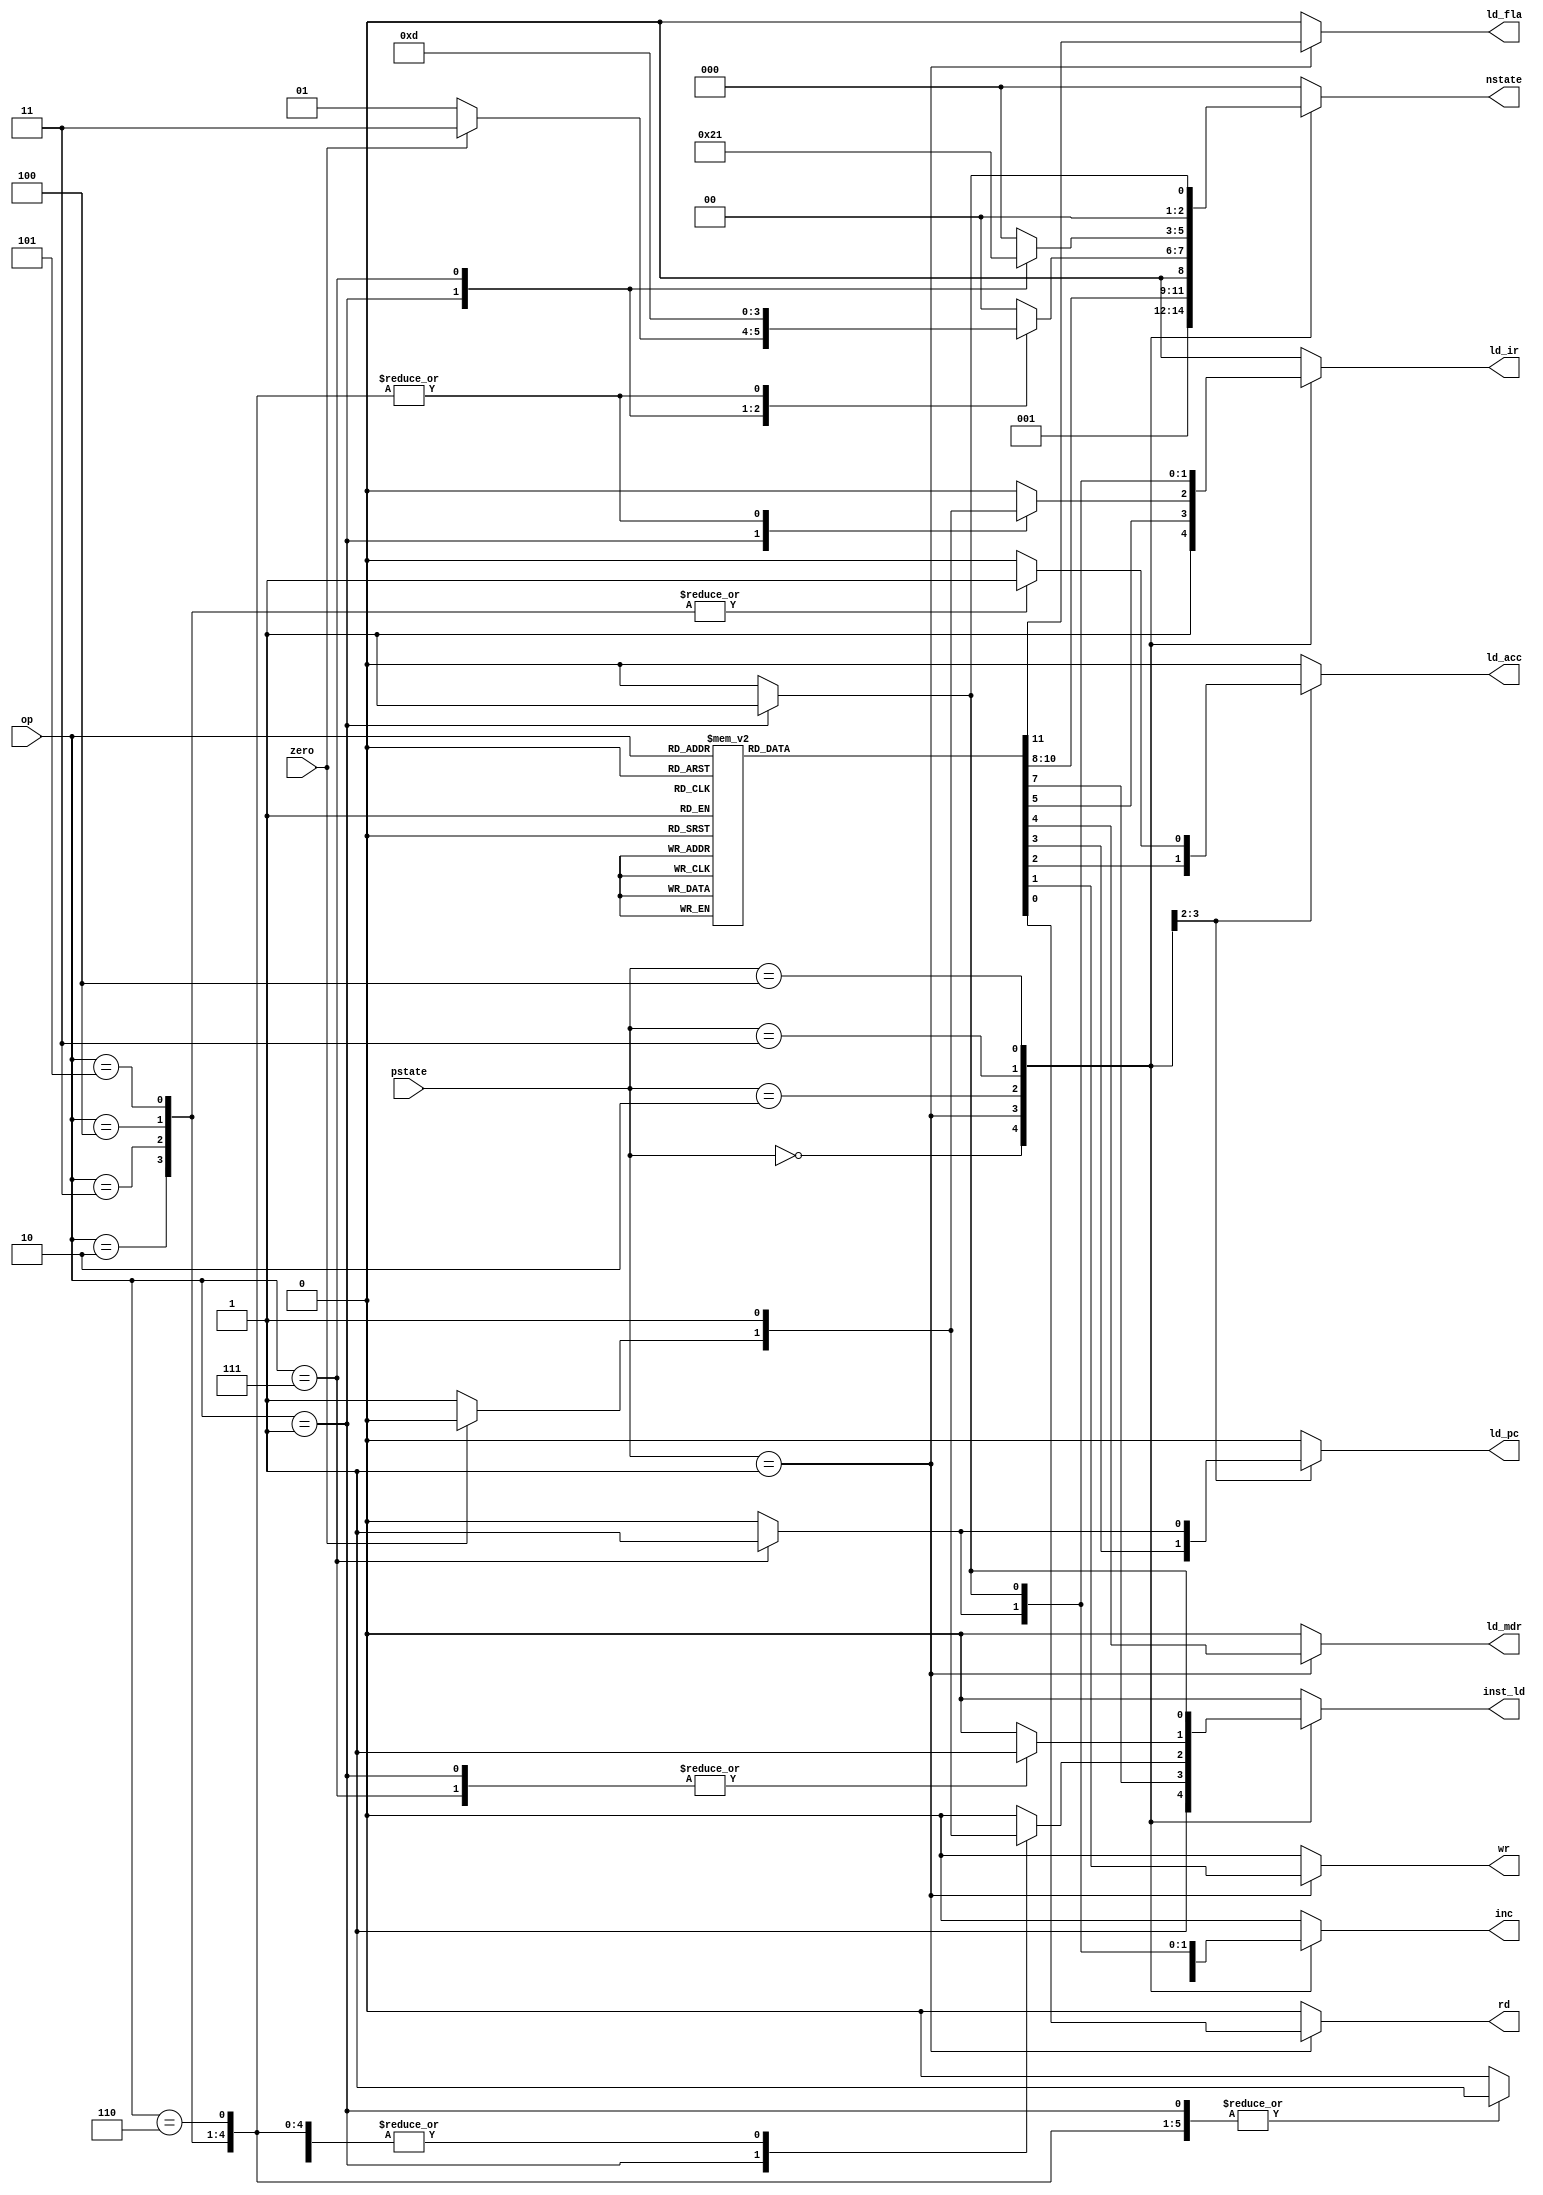
module control(zero,op,pstate,ld_mdr,ld_acc,ld_fla,inst_ld,ld_ir,ld_pc,inc,rd,wr,nstate);

	input zero;
	input [2:0] op,pstate;

	output ld_acc,ld_mdr,ld_ir,ld_fla,ld_pc,inc,inst_ld,rd,wr;
	output [2:0] nstate;

	reg ld_acc,ld_mdr,ld_ir,ld_fla,ld_pc,inc,inst_ld,rd,wr;
	reg [2:0] nstate;

always@* begin
//Initialize Control Signals
	rd      = 0; wr     = 0;   ld_acc  = 0; ld_pc  = 0;
	ld_mdr  = 0; ld_ir  = 0;   inc     = 0; 
	inst_ld = 0; nstate = 000; ld_fla  = 0;

  case(pstate)
		//reset
		3'b111 : begin
			rd      = 0; wr     = 0;   ld_acc  = 0; ld_pc  = 0;
			ld_mdr  = 0; ld_ir  = 0;   inc     = 0; 
			inst_ld = 0; nstate = 000; ld_fla  = 0;
		end
   
		// 0T: 1st instruction pre fetch, PC+1  					
		3'b000 : begin
			rd      = 0; wr     = 0;   ld_acc  = 0; ld_pc  = 0;
			ld_mdr  = 0; ld_ir  = 1;   inc     = 1; 
			inst_ld = 1; nstate = 001; ld_fla  = 0;
		end
   				
		// 1T: 1 inst execute time
		3'b001 : begin  
			case(op) 
				3'b000 : begin  //HALT					--next T1
					rd      = 0; wr     = 0;   ld_acc  = 0; ld_pc  = 0;
					ld_mdr  = 0; ld_ir  = 1;   inc     = 1; 
					inst_ld = 1; nstate = 001; ld_fla  = 0;
				end
				3'b001 : begin  	//SKIP-if-ZERO				--next T2
					rd      = 0; wr     = 0;   ld_acc  = 0; ld_pc  = 0;
					ld_mdr  = 0; ld_ir  = 0;   inc     = 0;
					inst_ld = 0; nstate = 010; ld_fla  = 1;
				end
				3'b010 : begin 	 //ADD
					rd      = 1; wr     = 0;   ld_acc  = 0; ld_pc  = 0;
					ld_mdr  = 1; ld_ir  = 0;   inc     = 0; 
					inst_ld = 0; nstate = 010; ld_fla  = 0;
				end
				3'b011 : begin  	//AND
					rd      = 1; wr     = 0;   ld_acc  = 0; ld_pc  = 0;
					ld_mdr  = 1; ld_ir  = 0;   inc     = 0; 
					inst_ld = 0; nstate = 010; ld_fla  = 0;
				end
				3'b100 : begin  	//XOR
					rd      = 1; wr     = 0;   ld_acc  = 0; ld_pc  = 0;
					ld_mdr  = 1; ld_ir  = 0;   inc     = 0; 
					inst_ld = 0; nstate = 010; ld_fla  = 0;
				end	
				3'b101 : begin  	//LOAD
					rd      = 1; wr     = 0;   ld_acc  = 0; ld_pc  = 0;
					ld_mdr  = 1; ld_ir  = 0;   inc     = 0; 
					inst_ld = 0; nstate = 010; ld_fla  = 0;
				end
				3'b110 : begin 	 //STORE				--next T2
					rd      = 0; wr     = 1;   ld_acc  = 0; ld_pc  = 0;
					ld_mdr  = 0; ld_ir  = 0;   inc     = 0; 
					inst_ld = 0; nstate = 010; ld_fla  = 0;
				end
				3'b111 : begin  //JUMP					--next T2
					rd      = 0; wr     = 0;   ld_acc  = 0; ld_pc  = 1;
					ld_mdr  = 0; ld_ir  = 0;   inc     = 0; 
					inst_ld = 0; nstate = 010; ld_fla  = 0;
				end
				default : begin
					rd      = 0; wr     = 0;   ld_acc  = 0; ld_pc  = 0;
					ld_mdr  = 0; ld_ir  = 0;   inc     = 0; 
					inst_ld = 0; nstate = 000; ld_fla  = 0;
				end
			endcase
		end 				//end T1 op case
   
		3'b010 : begin 		//T2
			case(op)
				3'b001 : begin  		//SKIP-if-ZERO		--next T3 or T1
					rd      = 0; wr      = 0;   ld_acc  = 0; ld_pc  = 0;
					ld_mdr  = 0; ld_fla  = 0;
       
						if(zero == 1) begin	//if ACC is '0' then next T3 
							ld_ir = 0; inst_ld = 0; inc = 1; 
							nstate = 011;
						end
						else begin		//else then next T1
							ld_ir = 1; inst_ld = 1; inc = 1; 
							nstate = 001;
						end
	      
				end
				3'b111 : begin 	//JUMP					--next T3
					rd      = 0; wr     = 0;   ld_acc  = 0; ld_pc  = 1;
					ld_mdr  = 0; ld_ir  = 0;   inc     = 0; 
					inst_ld = 1; nstate = 011; ld_fla  = 0;
				end
				3'b010 : begin  //ADD
					rd      = 0; wr     = 0;   ld_acc  = 1; ld_pc  = 0;
					ld_mdr  = 0; ld_ir  = 1;   inc     = 1; 
					inst_ld = 1; nstate = 001; ld_fla  = 0;
				end
				3'b011 : begin  //AND
					rd      = 0; wr     = 0;   ld_acc  = 1; ld_pc  = 0;
					ld_mdr  = 0; ld_ir  = 1;   inc     = 1; 
					inst_ld = 1; nstate = 001; ld_fla  = 0;
				end
				3'b100 : begin  //XOR
					rd      = 0; wr     = 0;   ld_acc  = 1; ld_pc  = 0;
					ld_mdr  = 0; ld_ir  = 1;   inc     = 1; 
					inst_ld = 1; nstate = 001; ld_fla  = 0;
				end
				3'b101 : begin  //LOAD
					rd      = 0; wr     = 0;   ld_acc  = 1; ld_pc  = 0;
					ld_mdr  = 0; ld_ir  = 1;   inc     = 1; 
					inst_ld = 1; nstate = 001; ld_fla  = 0;
				end
				3'b110 : begin  //STORE				--next T1
					rd      = 0; wr     = 0;   ld_acc  = 0; ld_pc  = 0; 
					ld_mdr  = 0; ld_ir  = 1;   inc     = 1; 
					inst_ld = 1;  nstate = 001; ld_fla  = 0;
				end
				default: begin
					rd      = 0; wr     = 0;   ld_acc  = 0; ld_pc  = 0;
					ld_mdr  = 0; ld_ir  = 0;   inc     = 0; 
					inst_ld = 0;  nstate = 000; ld_fla  = 0;
				end
			endcase
		end
   
		3'b011 : begin //T3
			case(op)
				3'b001 : begin  //SKIP-if-ZERO	--next T4
					rd      = 0; wr     = 0;   ld_acc  = 0; ld_pc  = 0;
					ld_mdr  = 0; ld_ir  = 0;   inc     = 0; 
					inst_ld = 1; nstate = 100; ld_fla  = 0;
				end
				3'b111 : begin  //JUMP				--next T1
					rd      = 0; wr     = 0;   ld_acc  = 0; ld_pc  = 0;
					ld_mdr  = 0; ld_ir  = 1;   inc     = 1; 
					inst_ld = 1; nstate = 001; ld_fla  = 0;
				end
				default: begin
					rd      = 0; wr     = 0;   ld_acc  = 0; ld_pc  = 0;
					ld_mdr  = 0; ld_ir  = 0;   inc     = 0; 
					inst_ld = 0; nstate = 000; ld_fla  = 0;
				end
			endcase
		end
		3'b100 : begin //T3
			case(op)
				3'b001 : begin  //SKIP-if-ZERO	--next T1
					rd      = 0; wr     = 0;   ld_acc  = 0; ld_pc  = 0;
					ld_mdr  = 0; ld_ir  = 1;   inc     = 1; 
					inst_ld = 1; nstate = 001; ld_fla  = 0;
				end
				default : begin
					rd      = 0; wr     = 0;   ld_acc  = 0; ld_pc  = 0;
					ld_mdr    = 0; ld_ir    = 0;   inc      = 0; 
					inst_ld    = 0; nstate   = 000;  ld_fla   = 0;
				end
			endcase
		end
		default : begin
     	  rd      = 0; wr     = 0;   ld_acc  = 0; ld_pc  = 0;
     	  ld_mdr  = 0; ld_ir  = 0;   inc     = 0; 
    	  inst_ld = 0; nstate = 000; ld_fla  = 0;
		end            	
	endcase			//end case 	
 end 				//end always
endmodule